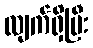
လျက်ရှိပြီး